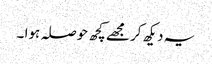
یہ دیکھ کر مجھے کچھ حوصلہ ہوا ۔